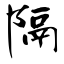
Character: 隔